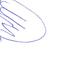
Signature authenticity: forged